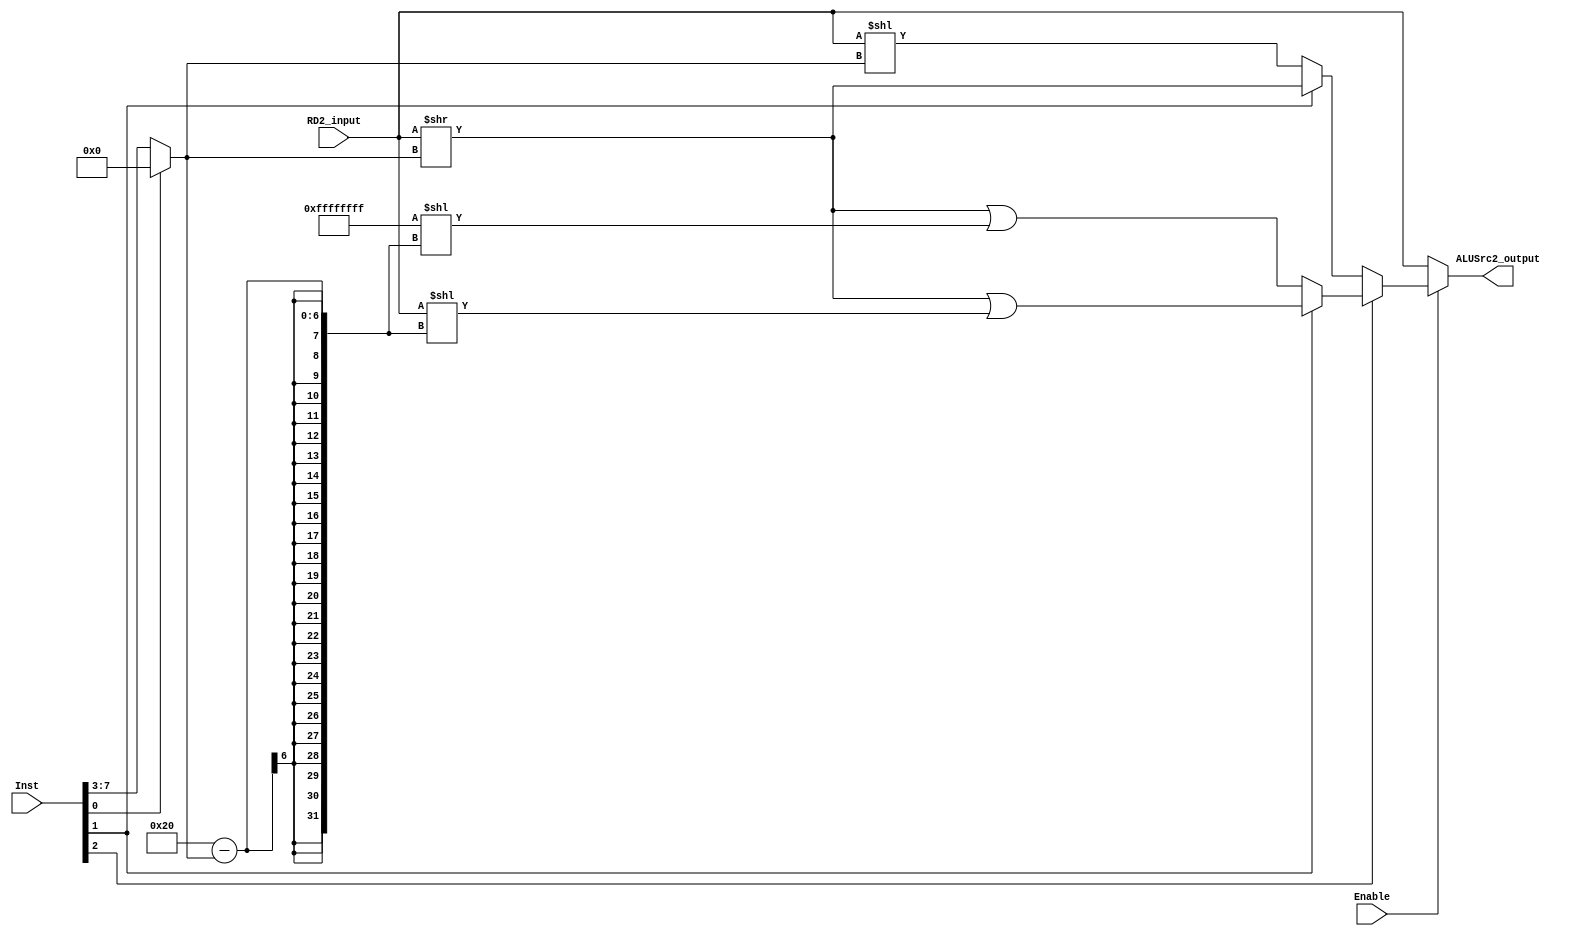
/*
Shift Module Accepts the 11:4 bits of the instruction and Bit 25 (I)
Bit 4 >
1 >> Reg shift
0 >> constent amount
bits 6:5 >
LSL 00 Logical shift left
LSR 01 Logical shift right
ASR 10 Arithmetic shift right
ROR 11 Rotate right
bits 11:7 >
Shamt5 or Rs ( lower 8 bits of the register )

bit 25 >> enable the shift or not .. 
the RD2 from the Reg file and perform the shift operation

*/


module shift(Inst,Enable,RD2_input,ALUSrc2_output);
input [7:0] Inst;
input Enable;
input [31:0] RD2_input;
output [31:0] ALUSrc2_output;

wire [4:0] shamt5;
assign shamt5[4:0]=(Inst[0]==0)? Inst[7:3] :5'b00000;

wire [1:0] sh;
assign sh[1:0]=Inst[2:1];
/*
LSL 00 Logical shift left
LSR 01 Logical shift right
ASR 10 Arithmetic shift right
ROR 11 Rotate right
*/

wire [31:0] internal_output;

assign internal_output= (sh[1]==1) ? ( (sh[0]==1)? ( (RD2_input>>shamt5)|(RD2_input<<32-shamt5) ):( (RD2_input>>shamt5)|({32{1'b1}}<<32-shamt5) ) ) : ( (sh[0]==1)? (RD2_input>>shamt5):(RD2_input<<shamt5) );

assign ALUSrc2_output = (Enable==1)? internal_output : RD2_input;

endmodule